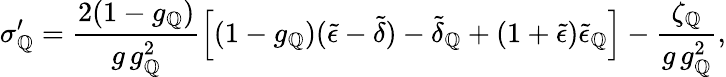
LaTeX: \sigma_{\mathbb{Q}}^{\prime}=\frac{{2(1-g_{\mathbb{Q}})}}{{g\, g_{\mathbb{Q}}^{2}}}\left[(1-g_{\mathbb{Q}})(\tilde{{\epsilon}}-\tilde{{\delta}})-\tilde{{\delta}}_{\mathbb{Q}}+(1+\tilde{{\epsilon}})\tilde{{\epsilon}}_{\mathbb{Q}}\right]-\frac{{\zeta_{\mathbb{Q}}}}{{g\, g_{\mathbb{Q}}^{2}}},